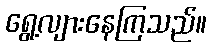
ရွေ့လျားနေကြသည်။